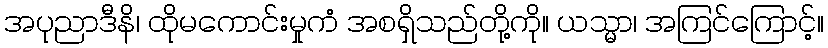
အပုညာဒီနိ၊ ထိုမကောင်းမှုကံ အစရှိသည်တို့ကို။ ယသ္မာ၊ အကြင်ကြောင့်။